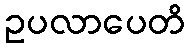
ဥပလာပေတိ